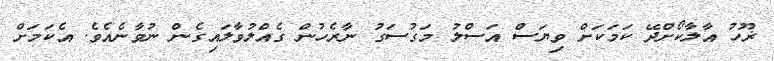
ޜޫހު އާލާކޯށްދޭ ކަމަކަށް ވިޔަސް އަސްލު މަގުސަގު ނާރެހުން ގެއްލުވާލައިގެން ނުވާނެއެވެ. އެކަމަށް